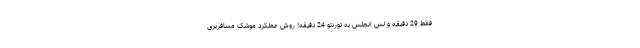
فقط 29 دقیقه و لس انجلس به تورنتو 24 دقیقه! روش عملکرد موشک مسافربری